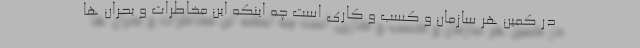
در کمین هر سازمان و کسب و کاری است چه اینکه این مخاطرات و بحران ها